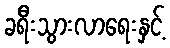
ခရီးသွားလာရေးနှင့်